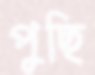
পুছি